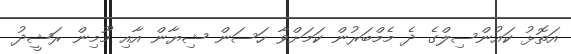
އަތޮޅު ކައުންސިލްގެ ދެ މެމްބަރުން ކަމަށްވާ ހަސަން ޝިޔާން އާއި މޫމިން ރަޝީދު